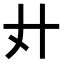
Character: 𢌭